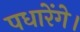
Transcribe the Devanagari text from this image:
पधारेंगे।